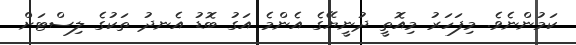
ކަމުންނެވެ. މިފަހަރު މިއޮތީ ދުނީޔޭގެ އެންމެ އަގު ބޮޑު އެނދު ތަކުގެ ލިސްޓަށް